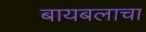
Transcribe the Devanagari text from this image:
बायबलाचा